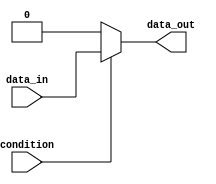
module if_else_statement(
    input wire condition,
    input wire data_in,
    output reg data_out
);

always @(*) begin
    if (condition) begin
        // Code to execute when the condition is true
        data_out <= data_in;
    end else begin
        // Code to execute when the condition is false
        data_out <= 0; // Or any other default value
    end
end

endmodule